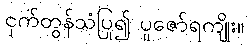
ငှက်တွန်သံပြု၍ ပူဇော်ရကျိုး။